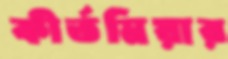
কীর্তনিয়ার